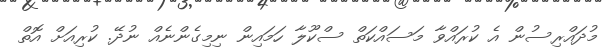
މުދައްރިސުން އެ ކުރައްވާ މަސައްކަތް ސްކޫލާ ހަމައިން ނިމިގެންނެއް ނުދޭ. ކުރިއަށް އޮތް